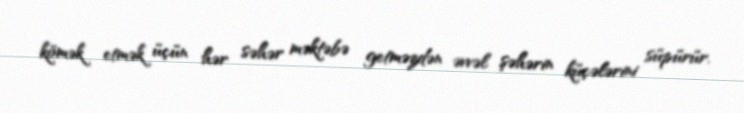
kömək etmək üçün hər səhər məktəbə getməzdən əvvəl şəhərin küçələrini süpürür.